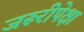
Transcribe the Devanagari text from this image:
जरूरीपेक्षा